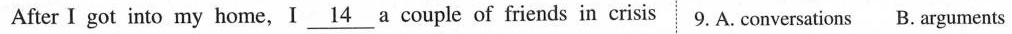
After I got into my home,I \underline{14} a couple of friends in crisis 9. A. Conversations B.arguments